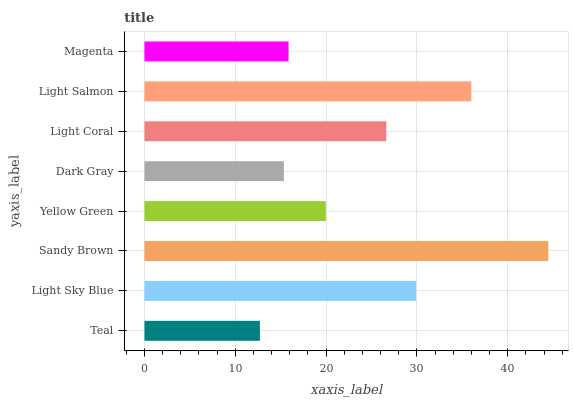
| yaxis_label | bars |
 | --- | --- |
 | Teal | 12.7 |
 | Light Sky Blue | 29.9 |
 | Sandy Brown | 44.5 |
 | Yellow Green | 20 |
 | Dark Gray | 15.4 |
 | Light Coral | 26.6 |
 | Light Salmon | 36 |
 | Magenta | 15.9 |